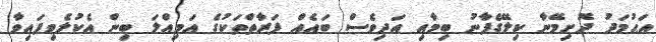
އަޙުމަދު ދޮށިމޭނާ ކިލޭގެފާނު ބިމާއި އަދިވެސް ބައެއް ފަރާތްތަކުގެ އަމިއްލަ ބިން އެކުލެވިފައިވާ